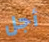
أجل